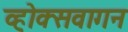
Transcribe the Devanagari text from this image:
व्होक्सवागन